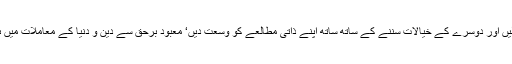
علم ایک سمندر ہے لہٰذا ہر معاملے میں تحقیق سے کام لیں اور دوسرے کے خیالات سننے کے ساتھ ساتھ اپنے ذاتی مطالعے کو وسعت دیں‘ معبود برحق سے دین و دنیا کے معاملات میں ہدایت مانگیں‘صرف خود کو ہدایت یافتہ تصور نہ کریں۔